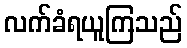
လက်ခံရယူကြသည်